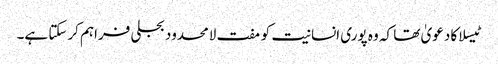
ٹیسلا کا دعویٰ تھا کہ وہ پوری انسانیت کو مفت لامحدود بجلی فراہم کرسکتا ہے۔